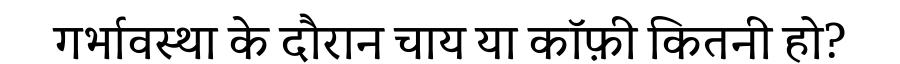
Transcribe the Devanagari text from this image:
गर्भावस्था के दौरान चाय या कॉफ़ी कितनी हो?